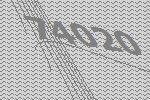
74020